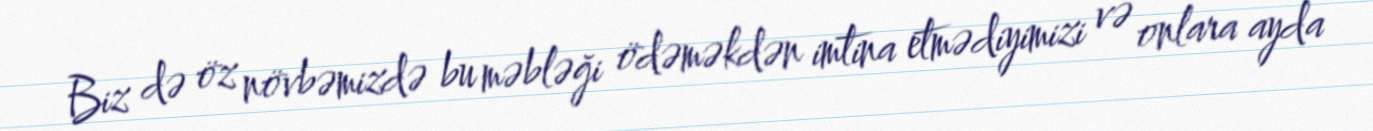
Biz də öz növbəmizdə bu məbləği ödəməkdən imtina etmədiyimizi və onlara ayda